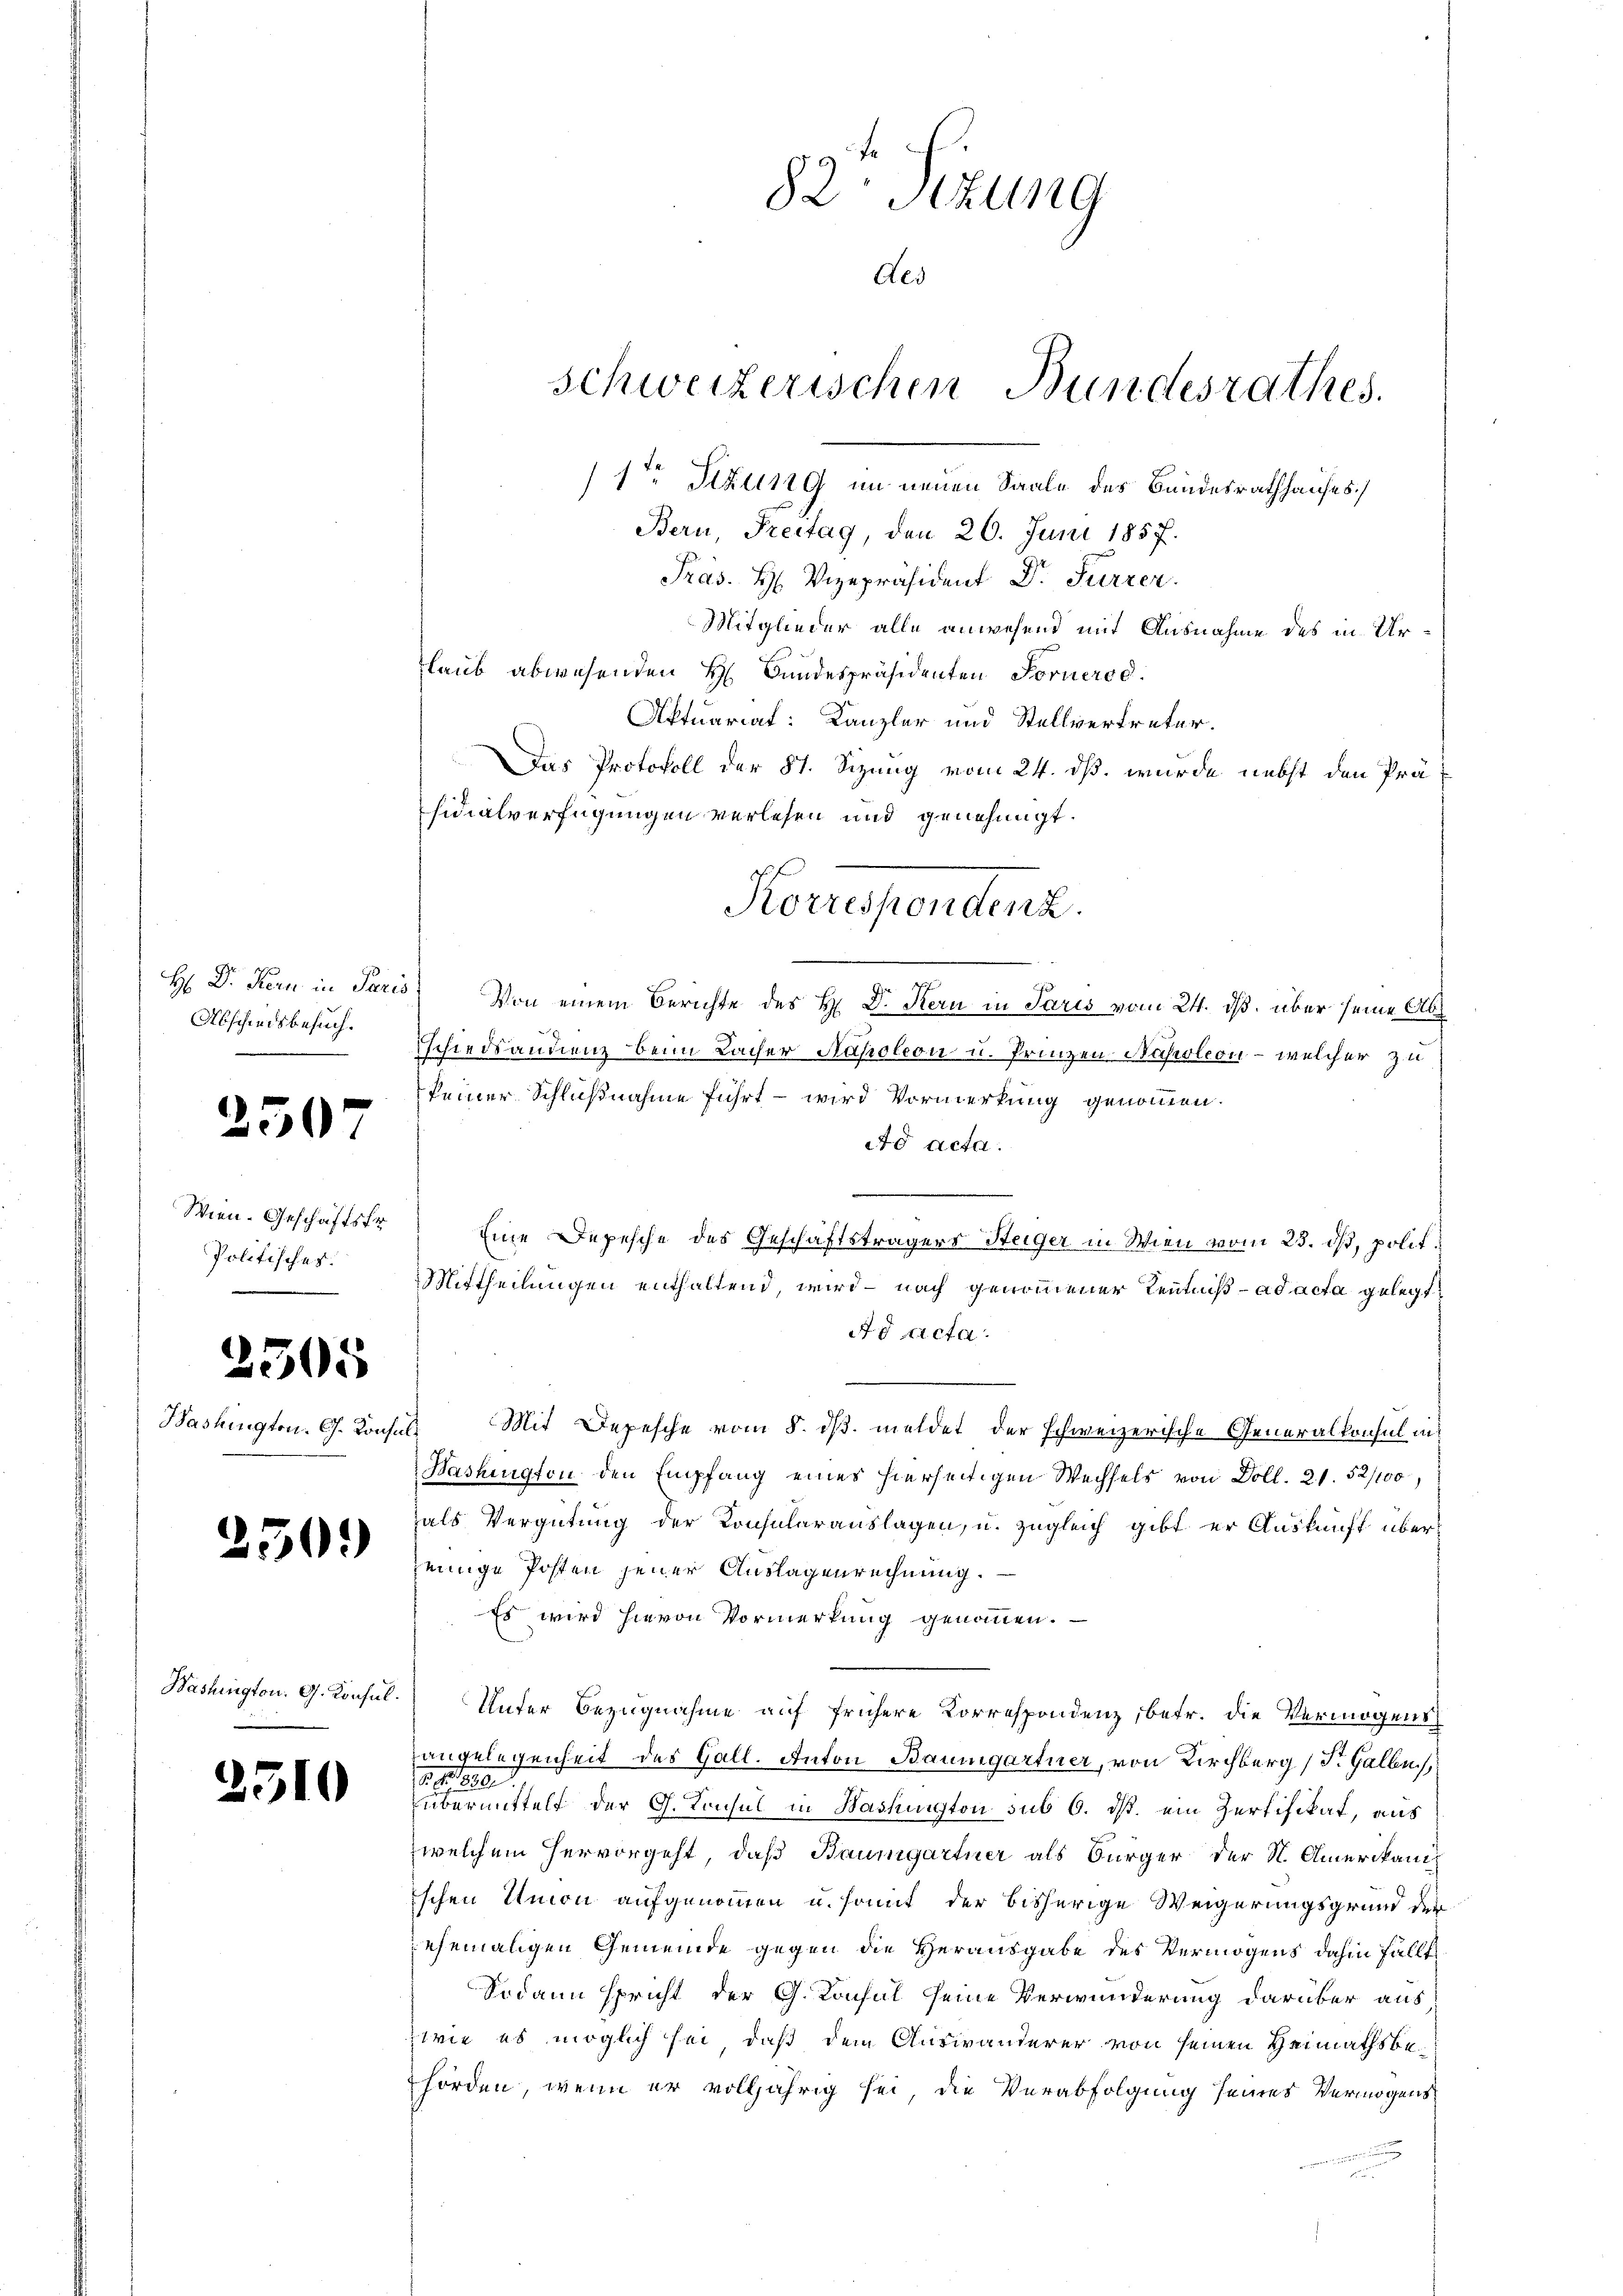
Abschiedsbesuch.

2507

Wien. Geschäftsfr
Politisches

.

250.

Washington. G. Konsul

2

305

Washington. G. Konsul

510

H Dr. Kern in Paris, Von einem Berichte des H. Dr. Stern in Paris vom 24. ds. über seine Abschiedsandienz beim Lacher Napoleon u. Prinzen Napoleon - welcher zu
keiner Schlußnahme führt – wird Vormerkung genommen.
Ad Acta.
Eine Depesche des Geschäftsträgers Steiger in Wien vom 23. ds, polit.
Mittheilungen enthaltend, wird – nach genommener Kenntniß ad acta gelegt
Ad Acta.
Mit Depesche vom 8. ds. meldet der schweizerische Generalkonsul ins
Bashington den Empfang eines hierseitigen Wechsels von Doll. 21. 52/100,
als Vergütung der Konsulerauslagen, u. zugleich gibt er Auskunft übereinige Posten jener Auslagenrechnung.
Es wird hievon Vormerkung genommen.
Unter Bezugnahme auf frühere Korrespondenz, betr. die Vermögens
angelegenheit des Gall. Anton Baumgartner, von Kirchberg (T. Gallen,
800.
übermittelt der G. Konsul in Washington sub 6. ds. ein Zertifikat, aus
welchem hervorgeht, daß Baumgartner als Bürger der N. Amerikani
ischen Umon aufgenommen u. somit der bisherige Weigerungsgrund der
ehemaligen Gemeinde gegen die Herausgabe des Vermögens dahin fällt
Sodann spricht der G. Konsul seine Verwunderung darüber aus
wie es möglich sei, daß dem Auswanderer von seinen Heimathsbehörden, wenn er volljährig sei, die Verabfolgung seines Vermögens
un
u

82 Sekung
Aes
schweizerischen Bundesrathes.
1te Sitzung im neuen Saale des Bundesrathhauses)
Bern, Freitag, den 20. Juni 1857.
Pras. H. Vizepräsident Dr. Furrer.
Mitglieder alle anwesend mit Ausnahme des in Ur¬
Glaub abwesenden H. Bundespräsidenten Fornerod.
Aktuariat: Kanzler und Stellvertreter.
Das Protokoll der 81. Sizung vom 24. dß. wurde nebst den Präsidialverfügungen verlesen und genehmigt.

Korrespondenz.